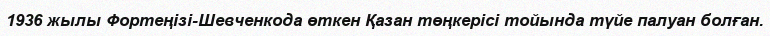
1936 жылы Фортеңізі-Шевченкода өткен Қазан төңкерісі тойында түйе палуан болған.